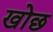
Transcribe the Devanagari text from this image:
खोछ